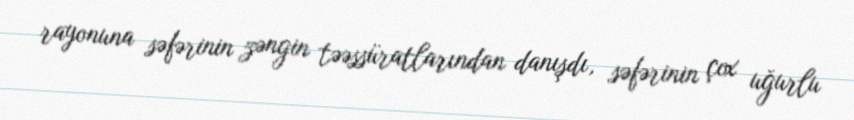
rayonuna səfərinin zəngin təəssüratlarından danışdı, səfərinin çox uğurlu